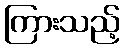
ကြားသည့်